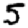
Digit: 5